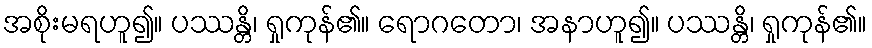
အစိုးမရဟူ၍။ ပဿန္တိ၊ ရှုကုန်၏။ ရောဂတော၊ အနာဟူ၍။ ပဿန္တိ၊ ရှုကုန်၏။